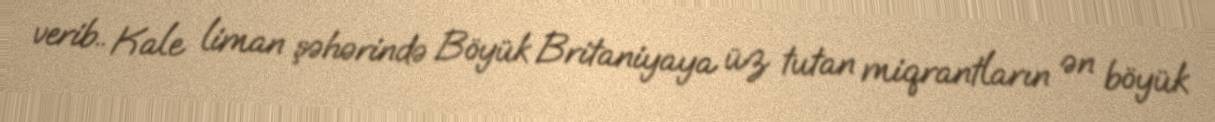
verib.. Kale liman şəhərində Böyük Britaniyaya üz tutan miqrantların ən böyük